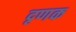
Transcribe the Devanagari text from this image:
दृणक